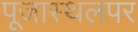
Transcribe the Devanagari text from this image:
पूजास्थलपर